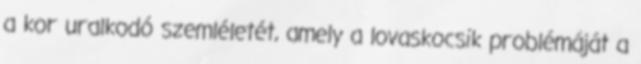
a kor uralkodó szemléletét, amely a lovaskocsik problémáját a